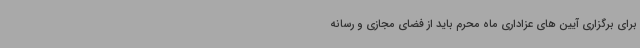
برای برگزاری آیین های عزاداری ماه محرم باید از فضای مجازی و رسانه